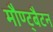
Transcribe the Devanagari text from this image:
मौण्ट्बैटन